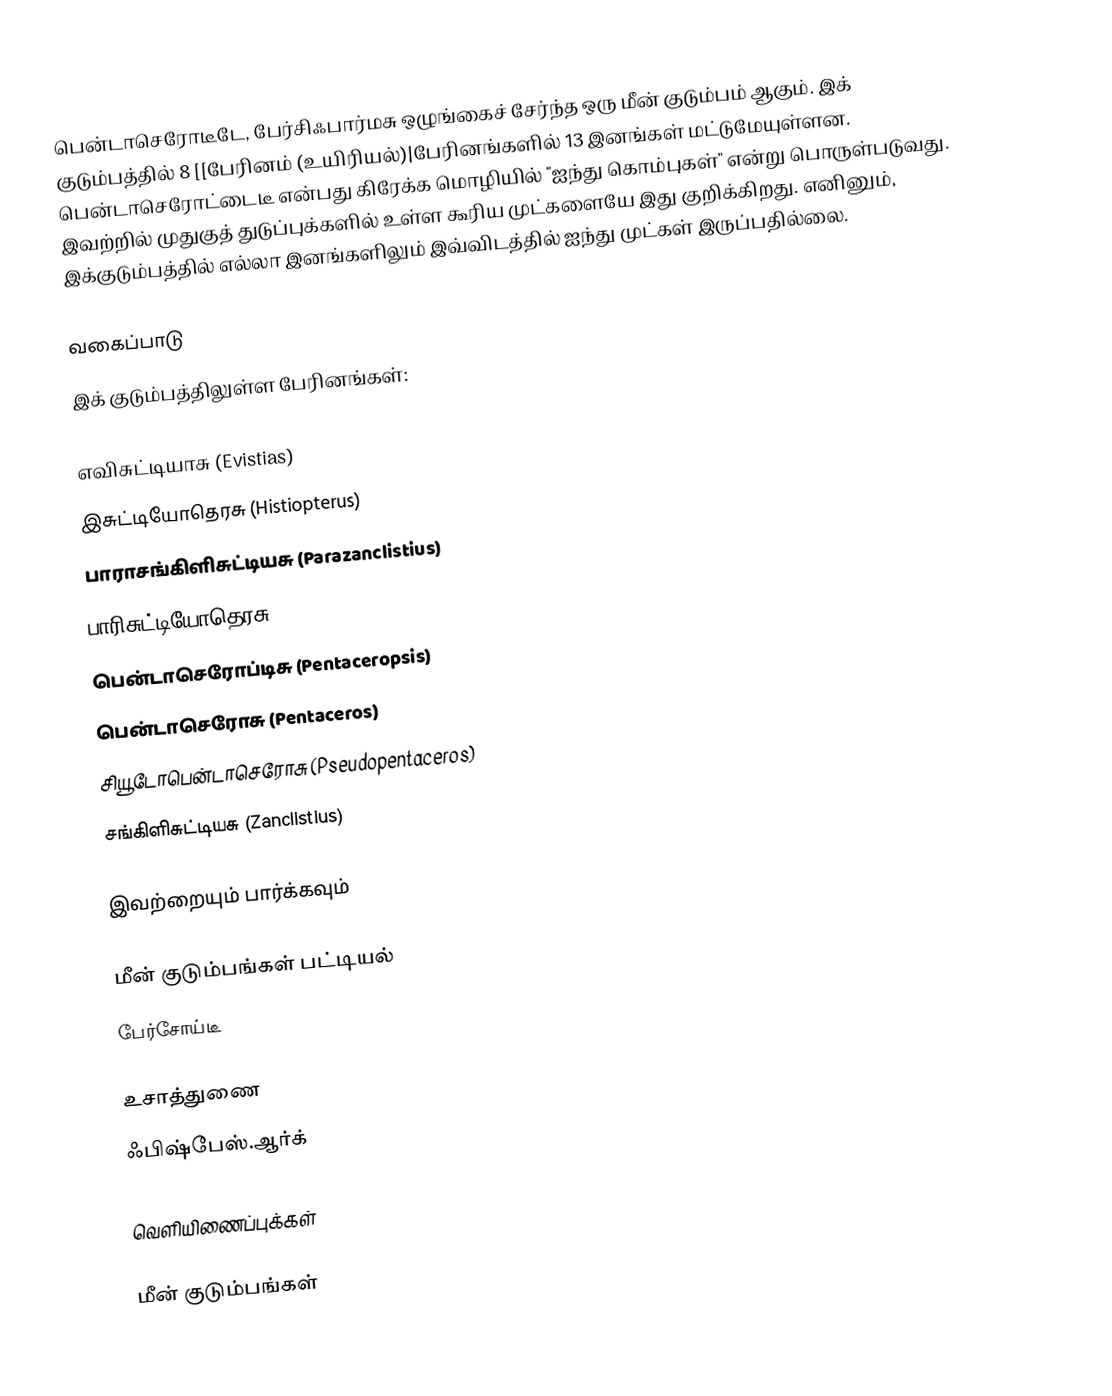
பென்டாசெரோடீடே, பேர்சிஃபார்மசு ஒழுங்கைச் சேர்ந்த ஒரு மீன் குடும்பம் ஆகும். இக் குடும்பத்தில் 8 [[பேரினம் (உயிரியல்)|பேரினங்களில் 13 இனங்கள் மட்டுமேயுள்ளன. பென்டாசெரோட்டைடீ என்பது கிரேக்க மொழியில் "ஐந்து கொம்புகள்" என்று பொருள்படுவது. இவற்றில் முதுகுத் துடுப்புக்களில் உள்ள கூரிய முட்களையே இது குறிக்கிறது. எனினும், இக்குடும்பத்தில் எல்லா இனங்களிலும் இவ்விடத்தில் ஐந்து முட்கள் இருப்பதில்லை.

வகைப்பாடு
இக் குடும்பத்திலுள்ள பேரினங்கள்:

எவிசுட்டியாசு (Evistias)
இசுட்டியோதெரசு (Histiopterus)
பாராசங்கிளிசுட்டியசு (Parazanclistius)
பாரிசுட்டியோதெரசு (Paristiopterus)
பென்டாசெரோப்டிசு (Pentaceropsis)
பென்டாசெரோசு (Pentaceros)
சியூடோபென்டாசெரோசு (Pseudopentaceros)
சங்கிளிசுட்டியசு (Zanclistius)

இவற்றையும் பார்க்கவும்

 மீன் குடும்பங்கள் பட்டியல்
 பேர்சோய்டீ

உசாத்துணை
 ஃபிஷ்பேஸ்.ஆர்க்

வெளியிணைப்புக்கள்

மீன் குடும்பங்கள்